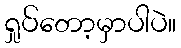
ရှုပ်တော့မှာပါပဲ။